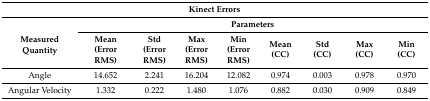
| <COLSPAN=9> Kinect Errors |
 | <ROWSPAN=2> Measured Quantity | <COLSPAN=8> Parameters |
 | Mean (Error RMS) | Std (Error RMS) | Max (Error RMS) | Min (Error RMS) | Mean (CC) | Std (CC) | Max (CC) | Min (CC) |
 | --- | --- | --- | --- | --- | --- | --- | --- | --- |
 | Angle | 14.652 | 2.241 | 16.204 | 12.082 | 0.974 | 0.003 | 0.978 | 0.970 |
 | Angular Velocity | 1.332 | 0.222 | 1.480 | 1.076 | 0.882 | 0.030 | 0.909 | 0.849 |